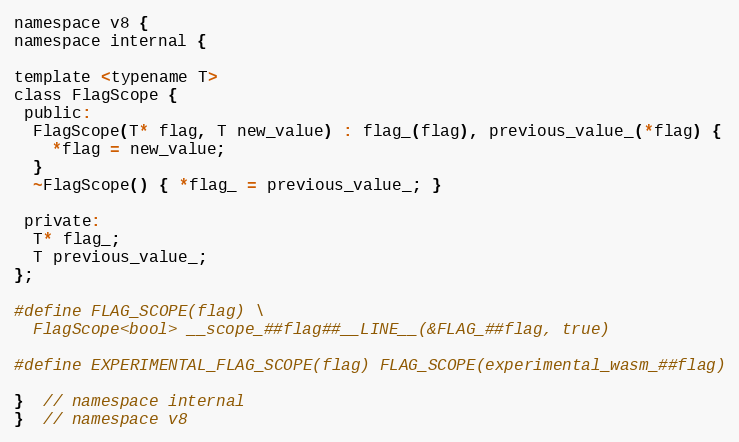
Language: C
namespace v8 {
namespace internal {

template <typename T>
class FlagScope {
 public:
  FlagScope(T* flag, T new_value) : flag_(flag), previous_value_(*flag) {
    *flag = new_value;
  }
  ~FlagScope() { *flag_ = previous_value_; }

 private:
  T* flag_;
  T previous_value_;
};

#define FLAG_SCOPE(flag) \
  FlagScope<bool> __scope_##flag##__LINE__(&FLAG_##flag, true)

#define EXPERIMENTAL_FLAG_SCOPE(flag) FLAG_SCOPE(experimental_wasm_##flag)

}  // namespace internal
}  // namespace v8